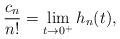
LaTeX: \begin{align*}\frac{c_n}{n!}=\lim_{t\to0^+}h_n(t),\end{align*}